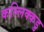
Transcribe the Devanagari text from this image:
कल्लिक्कडु